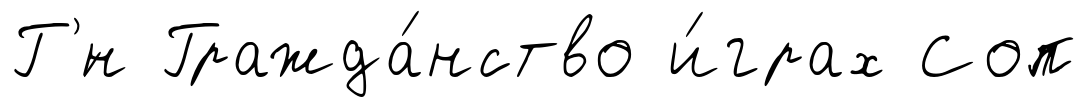
Г'́н Гражда́нство и́грах Соп